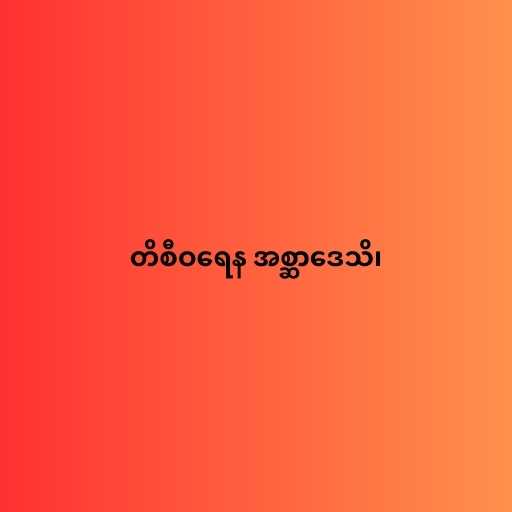
တိစီဝရေန အစ္ဆာဒေသိ၊